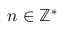
n \in \mathbb { Z ^ { \ast } }